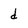
Character: d